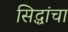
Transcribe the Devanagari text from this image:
सिद्धांचा